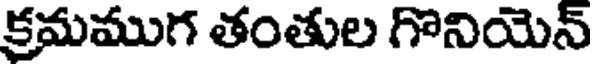
క్రమముగ తంతుల గొనియెన్